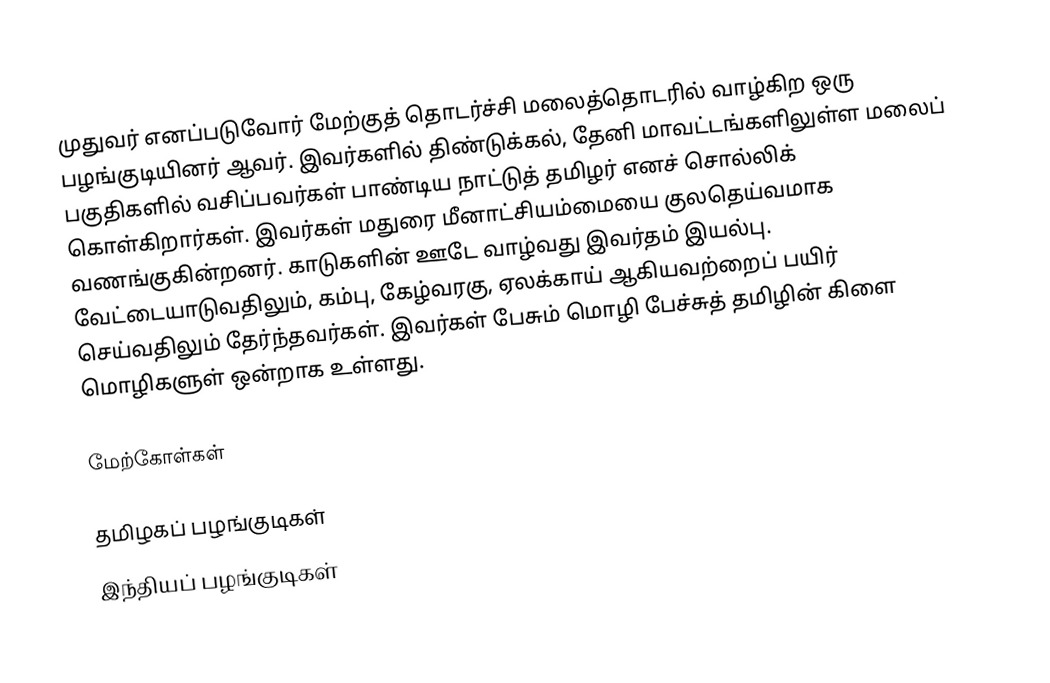
முதுவர் எனப்படுவோர் மேற்குத் தொடர்ச்சி மலைத்தொடரில் வாழ்கிற ஒரு பழங்குடியினர் ஆவர். இவர்களில் திண்டுக்கல், தேனி மாவட்டங்களிலுள்ள மலைப் பகுதிகளில் வசிப்பவர்கள் பாண்டிய நாட்டுத் தமிழர் எனச் சொல்லிக் கொள்கிறார்கள். இவர்கள் மதுரை மீனாட்சியம்மையை குலதெய்வமாக வணங்குகின்றனர். காடுகளின் ஊடே வாழ்வது இவர்தம் இயல்பு. வேட்டையாடுவதிலும், கம்பு, கேழ்வரகு, ஏலக்காய் ஆகியவற்றைப் பயிர் செய்வதிலும் தேர்ந்தவர்கள். இவர்கள் பேசும் மொழி பேச்சுத் தமிழின் கிளை மொழிகளுள் ஒன்றாக உள்ளது.

மேற்கோள்கள்

தமிழகப் பழங்குடிகள்
இந்தியப் பழங்குடிகள்